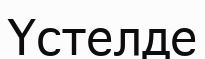
Үстелде